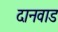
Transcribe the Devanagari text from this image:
दानवाड